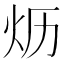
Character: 𱪪